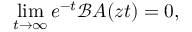
\operatorname* { l i m } _ { t \rightarrow \infty } e ^ { - t } { \mathcal { B } } A ( z t ) = 0 ,